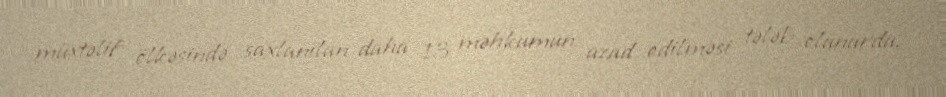
müxtəlif ölkəsində saxlanılan daha 13 məhkumun azad edilməsi tələb olunurdu.